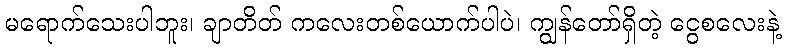
မရောက်သေးပါဘူး၊ ချာတိတ် ကလေးတစ်ယောက်ပါပဲ၊ ကျွန်တော်ရှိတဲ့ ငွေစလေးနဲ့